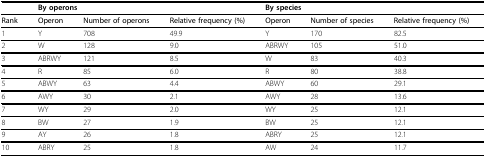
<table><thead><tr><td></td><td colspan="3"><b>By operons</b></td><td colspan="3"><b>By species</b></td></tr></thead><tbody><tr><td><b>Rank</b></td><td><b>Operon</b></td><td><b>Number of operons</b></td><td><b>Relative frequency (%)</b></td><td><b>Operon</b></td><td><b>Number of species</b></td><td><b>Relative frequency (%)</b></td></tr><tr><td>1</td><td>Y</td><td>708</td><td>49.9</td><td>Y</td><td>170</td><td>82.5</td></tr><tr><td>2</td><td>W</td><td>128</td><td>9.0</td><td>ABRWY</td><td>105</td><td>51.0</td></tr><tr><td>3</td><td>ABRWY</td><td>121</td><td>8.5</td><td>W</td><td>83</td><td>40.3</td></tr><tr><td>4</td><td>R</td><td>85</td><td>6.0</td><td>R</td><td>80</td><td>38.8</td></tr><tr><td>5</td><td>ABWY</td><td>63</td><td>4.4</td><td>ABWY</td><td>60</td><td>29.1</td></tr><tr><td>6</td><td>AWY</td><td>30</td><td>2.1</td><td>AWY</td><td>28</td><td>13.6</td></tr><tr><td>7</td><td>WY</td><td>29</td><td>2.0</td><td>WY</td><td>25</td><td>12.1</td></tr><tr><td>8</td><td>BW</td><td>27</td><td>1.9</td><td>BW</td><td>25</td><td>12.1</td></tr><tr><td>9</td><td>AY</td><td>26</td><td>1.8</td><td>ABRY</td><td>25</td><td>12.1</td></tr><tr><td>10</td><td>ABRY</td><td>25</td><td>1.8</td><td>AW</td><td>24</td><td>11.7</td></tr></tbody></table>